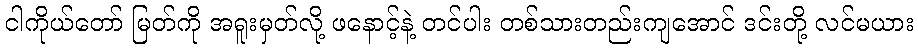
ငါကိုယ်တော် မြတ်ကို အရူးမှတ်လို့ ဖနောင့်နဲ့ တင်ပါး တစ်သားတည်းကျအောင် ဒင်းတို့ လင်မယား